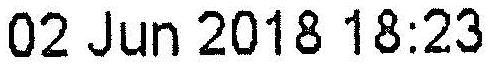
02 JUN 2018 18:23